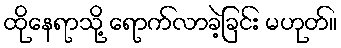
ထိုနေရာသို့ ရောက်လာခဲ့ခြင်း မဟုတ်။